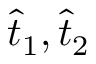
\widehat { t } _ { 1 } , \widehat { t } _ { 2 }